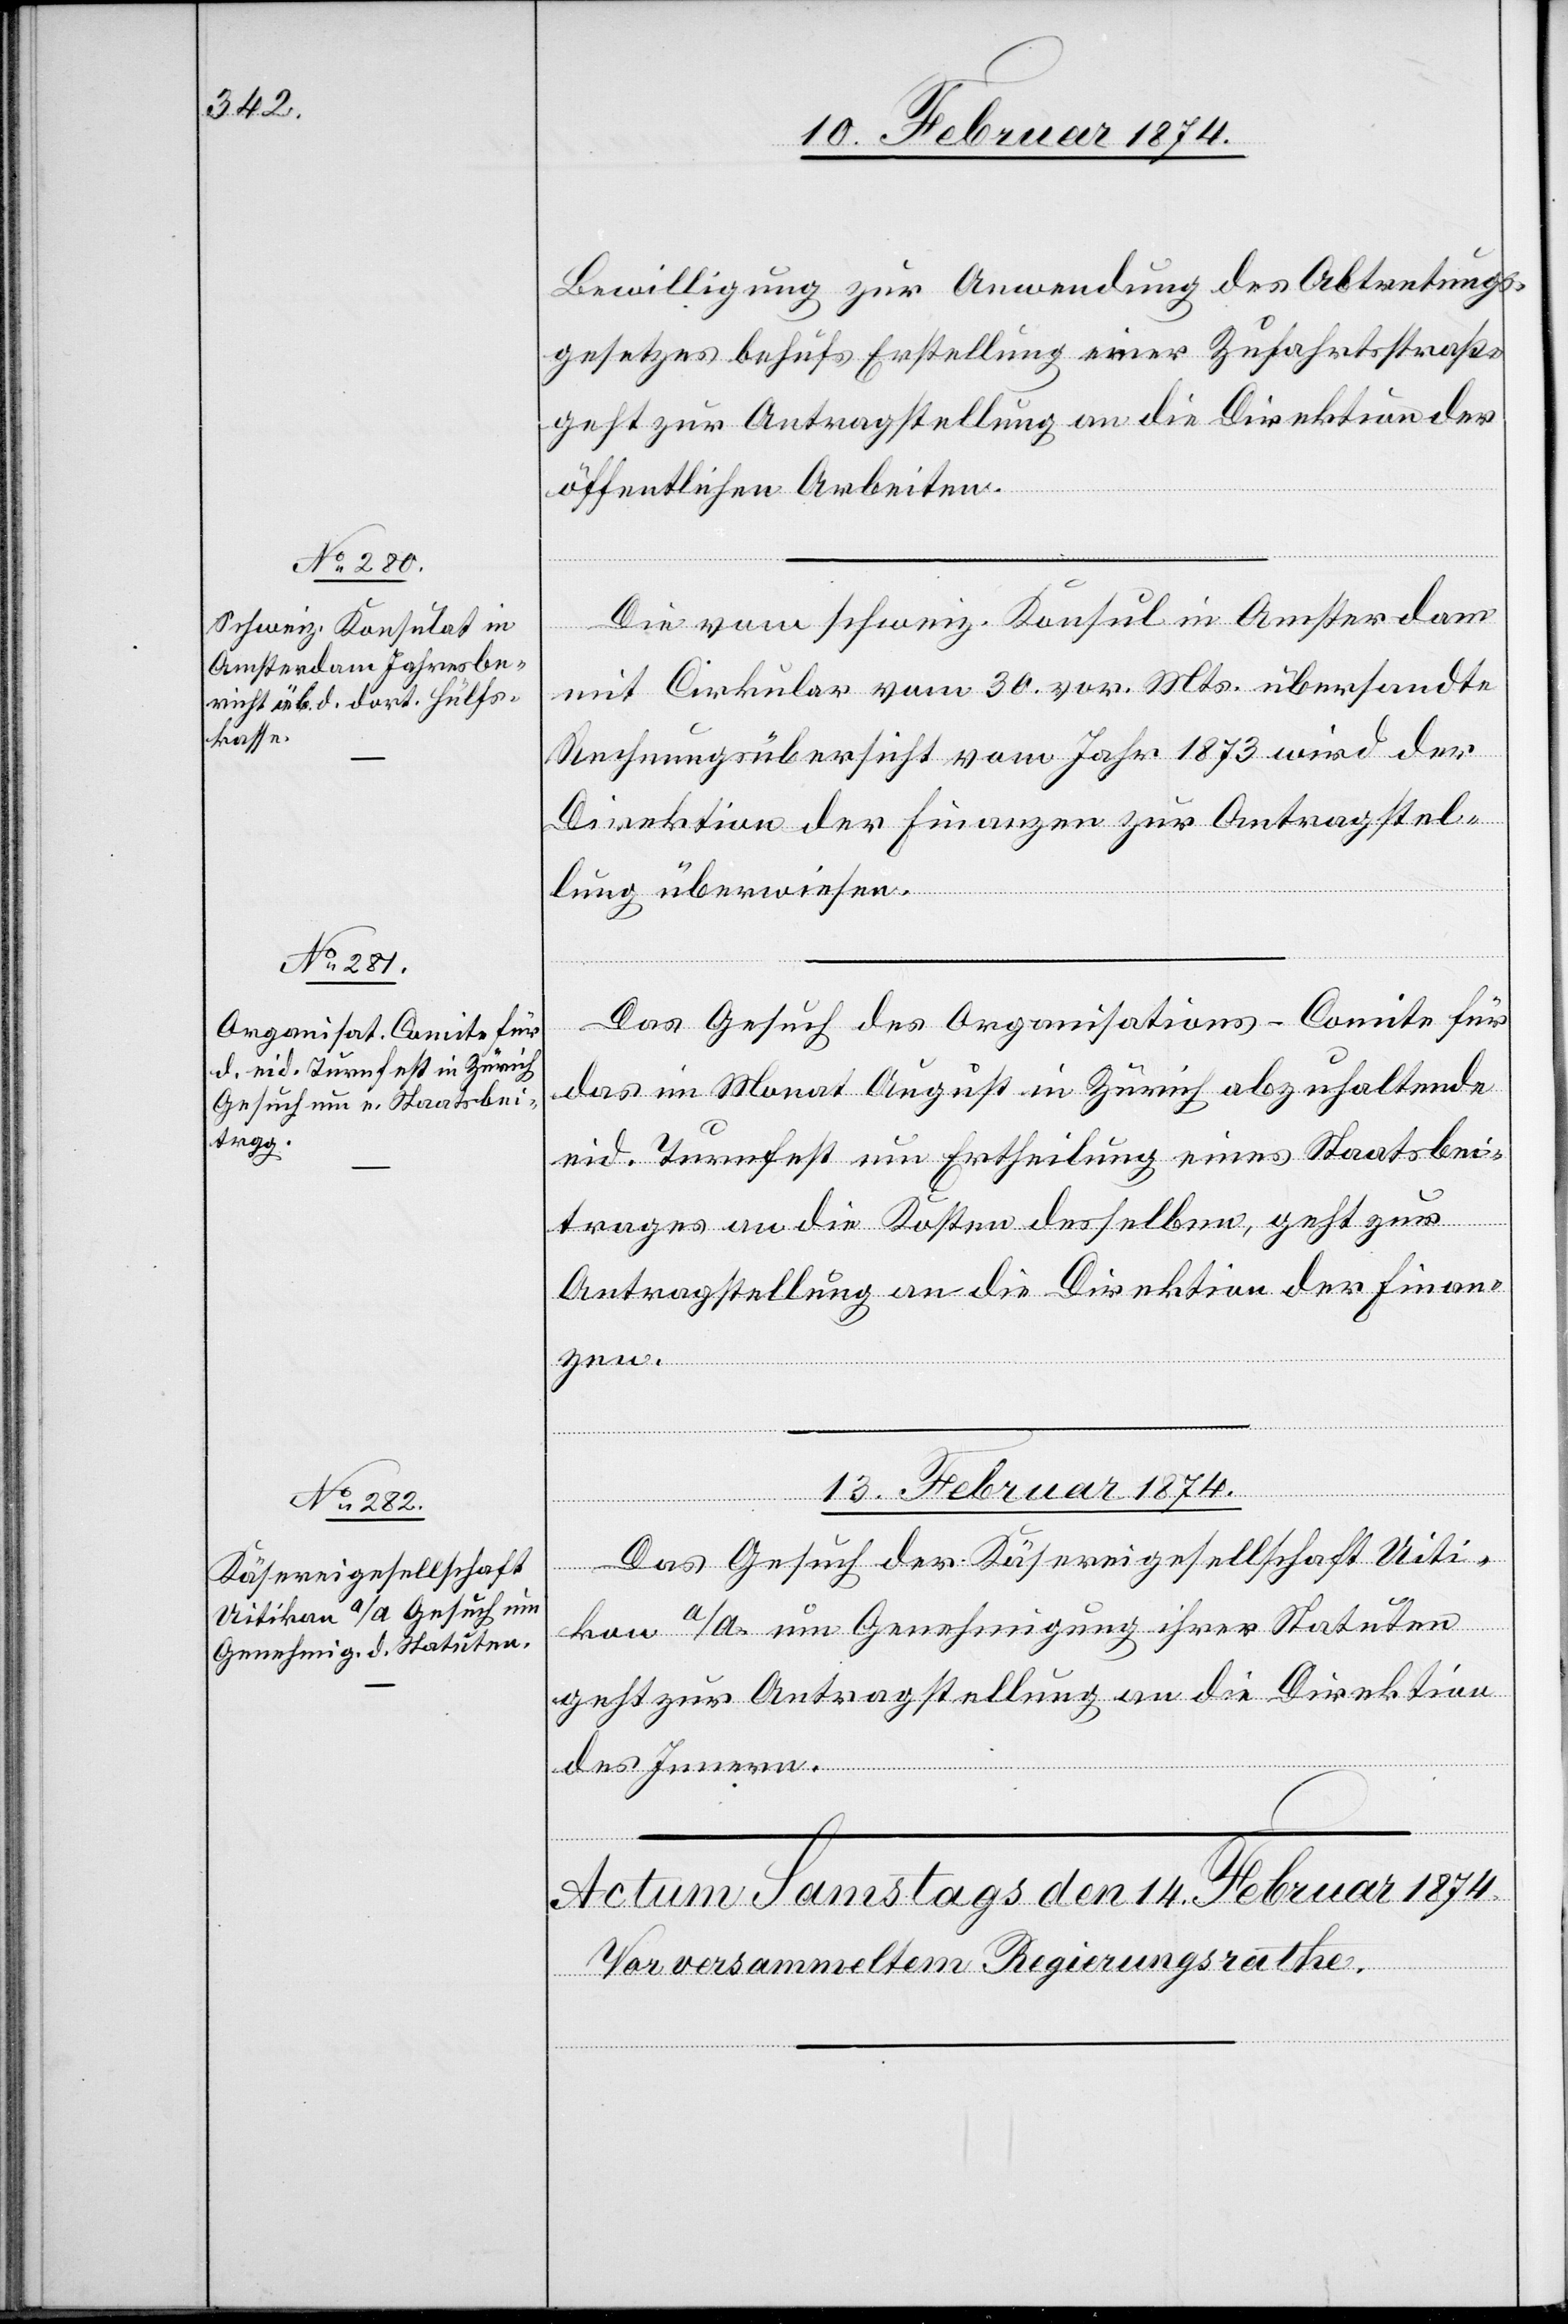
13. Februar 1874.
Bewilligung zur Anwendung des Abtretungs¬
gesetzes behufs Erstellung einer Zufahrtsstraße
geht zur Antragstellung an die Direktion der
öffentlichen Arbeiten.
Die vom schweiz. Konsul in Amsterdam
mit Cirkular vom 30. vor. Mts. übersandte
Rechnungsübersicht vom Jahr 1873 wird der
Direktion der Finanzen zur Antragstel¬
lung überwiesen.
Das Gesuch des Organisations-Comite für
das im Monat August in Zürich abzuhaltende
eid. Turnfest um Ertheilung eines Staatsbei¬
trages an die Kosten desselben, geht zur
Antragstellung an die Direktion der Finan¬
zen.
Das Gesuch der Käsereigesellschaft Uiti¬
kon a/A. um Genehmigung ihrer Statuten
geht zur Antragstellung an die Direktion
des Innern.